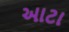
આટા